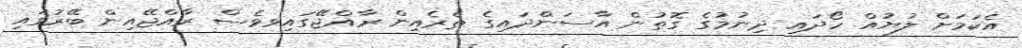
އެކަމަށް ލުޔުއް ހޯދައި ދިނުމުގެ ގޮތުން އާސަންދައިގެ ތެރެއިން ރާއްޖޭގައިވވެސް ރާއްޖޭއިން ބޭރުގައި